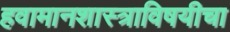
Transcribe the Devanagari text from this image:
हवामानशास्त्राविषयीचा